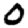
Digit: 0